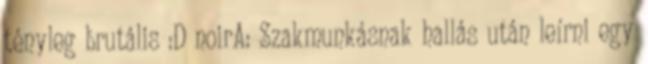
tényleg brutális :D noirA: Szakmunkásnak hallás után leírni egy